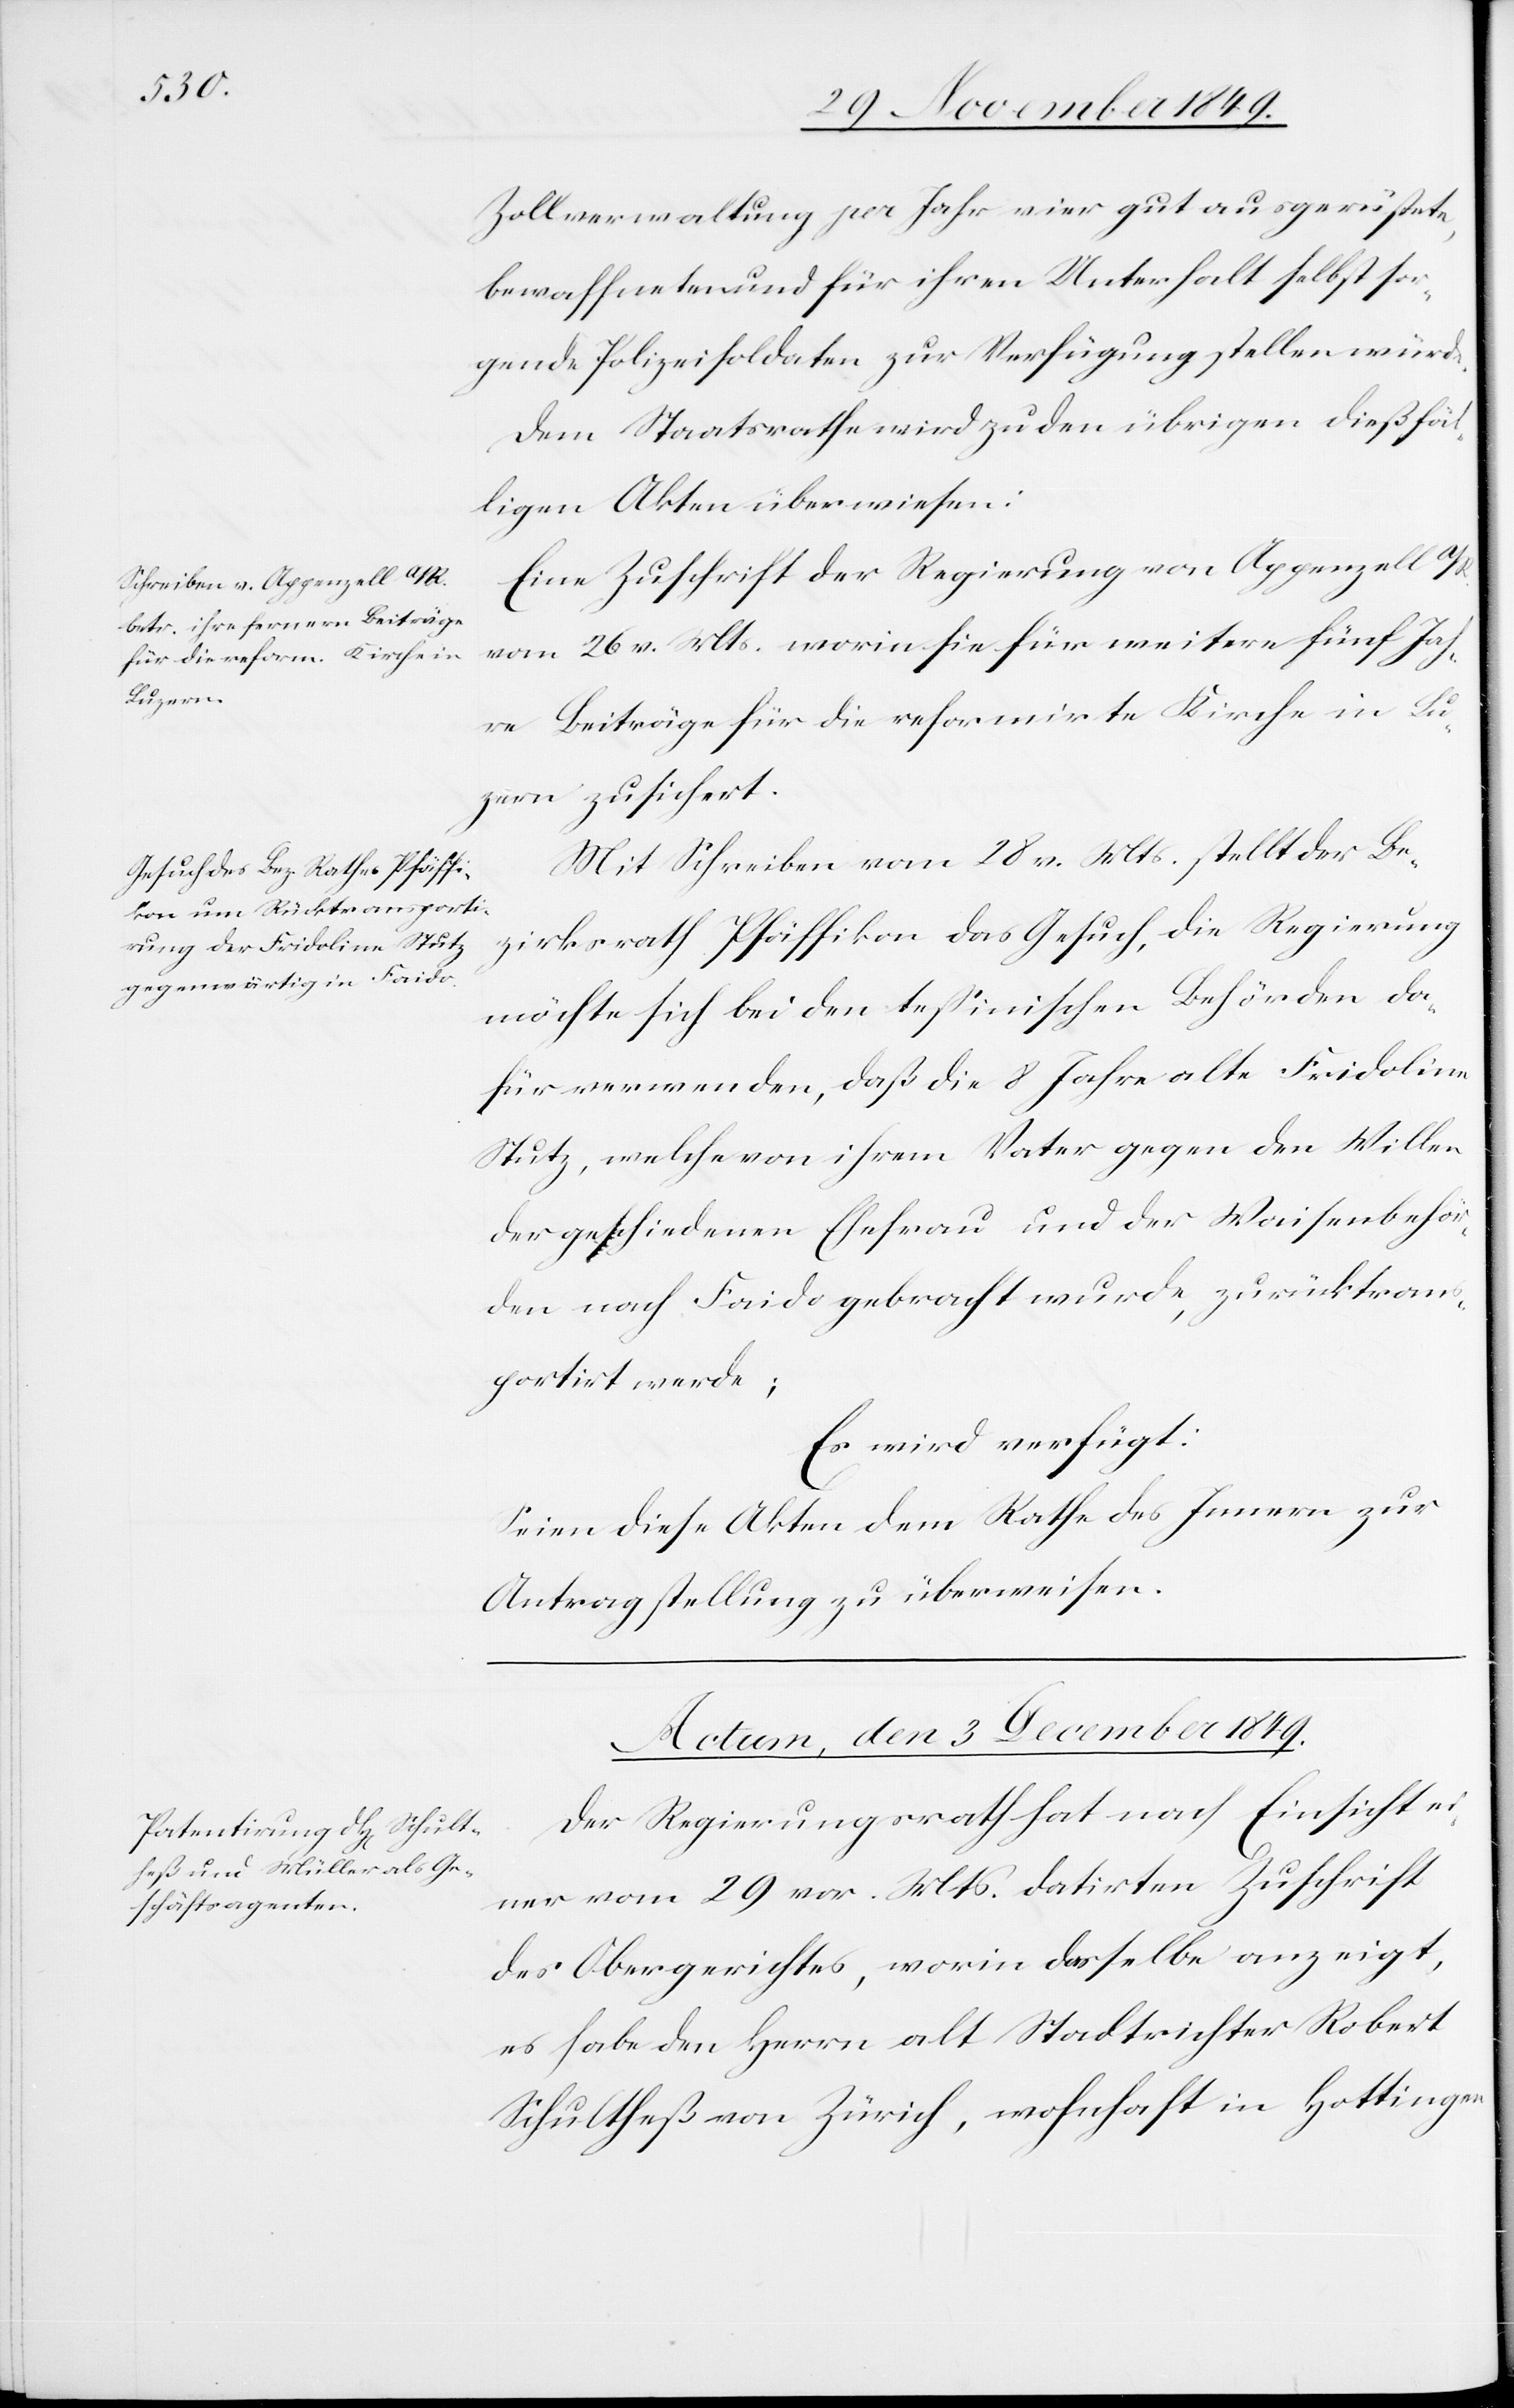
Zollverwaltung pro Jahr vier gut ausgerüstete,
bewaffneten [sic!] und für ihren Unterhalt selbst sor¬
gende Polizeisoldaten zur Verfügung stellen würde.
Dem Staatsrathe wird zu den übrigen dießfäl¬
ligen Akten überwiesen:
Eine Zuschrift der Regierung von Appenzell a/R.
vom 26 v. Mts. worin sie für weitere fünf Jah¬
re Beiträge für die reformirte Kirche in Lu¬
zern zusichert.
Mit Schreiben vom 28 v. Mts. stellt der Be¬
zirksrath Pfäffikon das Gesuch, die Regierung
möchte sich bei den technischen Behörden da¬
für verwenden, daß die 8 Jahre alte Fridoline
Stutz, welche von ihrem Vater gegen den Willen
der geschiedenen Ehefrau und der Waisenbehör¬
den nach Faido gebracht wurde, zurücktran¬
sportirt werde;
Es wird verfügt:
Seien diese Akten dem Rathe des Innern zur
Antragstellung zu überwiesen.
Actum, den 3 December 1849.
Der Regierungsrath hat nach Einsicht ei¬
ner vom 29 vor. Mts. datirten Zuschrift
des Obergerichtes, worin dasselbe anzeigt,
es habe den Herrn alt Stadtrichter Robert
Schultheß von Zürich, wohnhaft in Hottingen